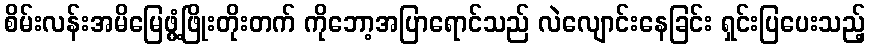
စိမ်းလန်းအမိမြေဖွံ့ဖြိုးတိုးတက် ကိုဘော့အပြာရောင်သည် လဲလျောင်းနေခြင်း ရှင်းပြပေးသည့်